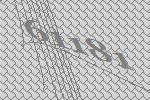
61181